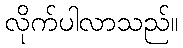
လိုက်ပါလာသည်။